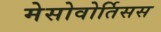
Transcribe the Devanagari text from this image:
मेसोवोर्तिसस